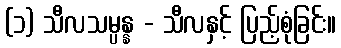
(၁) သီလသမ္ပန္န - သီလနှင့် ပြည့်စုံခြင်း။